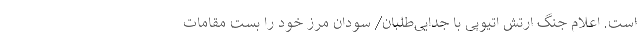
است. اعلام جنگ ارتش اتیوپی با جدایی‌طلبان/ سودان مرز خود را بست مقامات